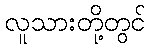
လူသားတို့တွင်